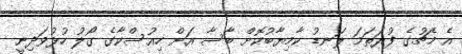
އެ މެޗުގެ ފުރަތަމަ ލަނޑު ކާމިޔާބުކޮށް ބާސާ އަށް ހިއުސްކާގެ ގޯލު ހުޅުވަދިނީ